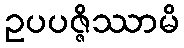
ဥပပဇ္ဇိဿာမိ